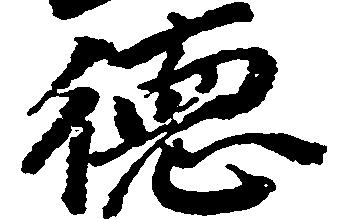
徳